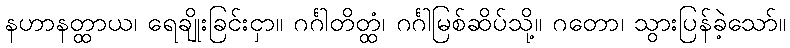
နဟာနတ္ထာယ၊ ရေချိုးခြင်းငှာ။ ဂင်္ဂါတိတ္ထံ၊ ဂင်္ဂါမြစ်ဆိပ်သို့။ ဂတော၊ သွားပြန်ခဲ့သော်။